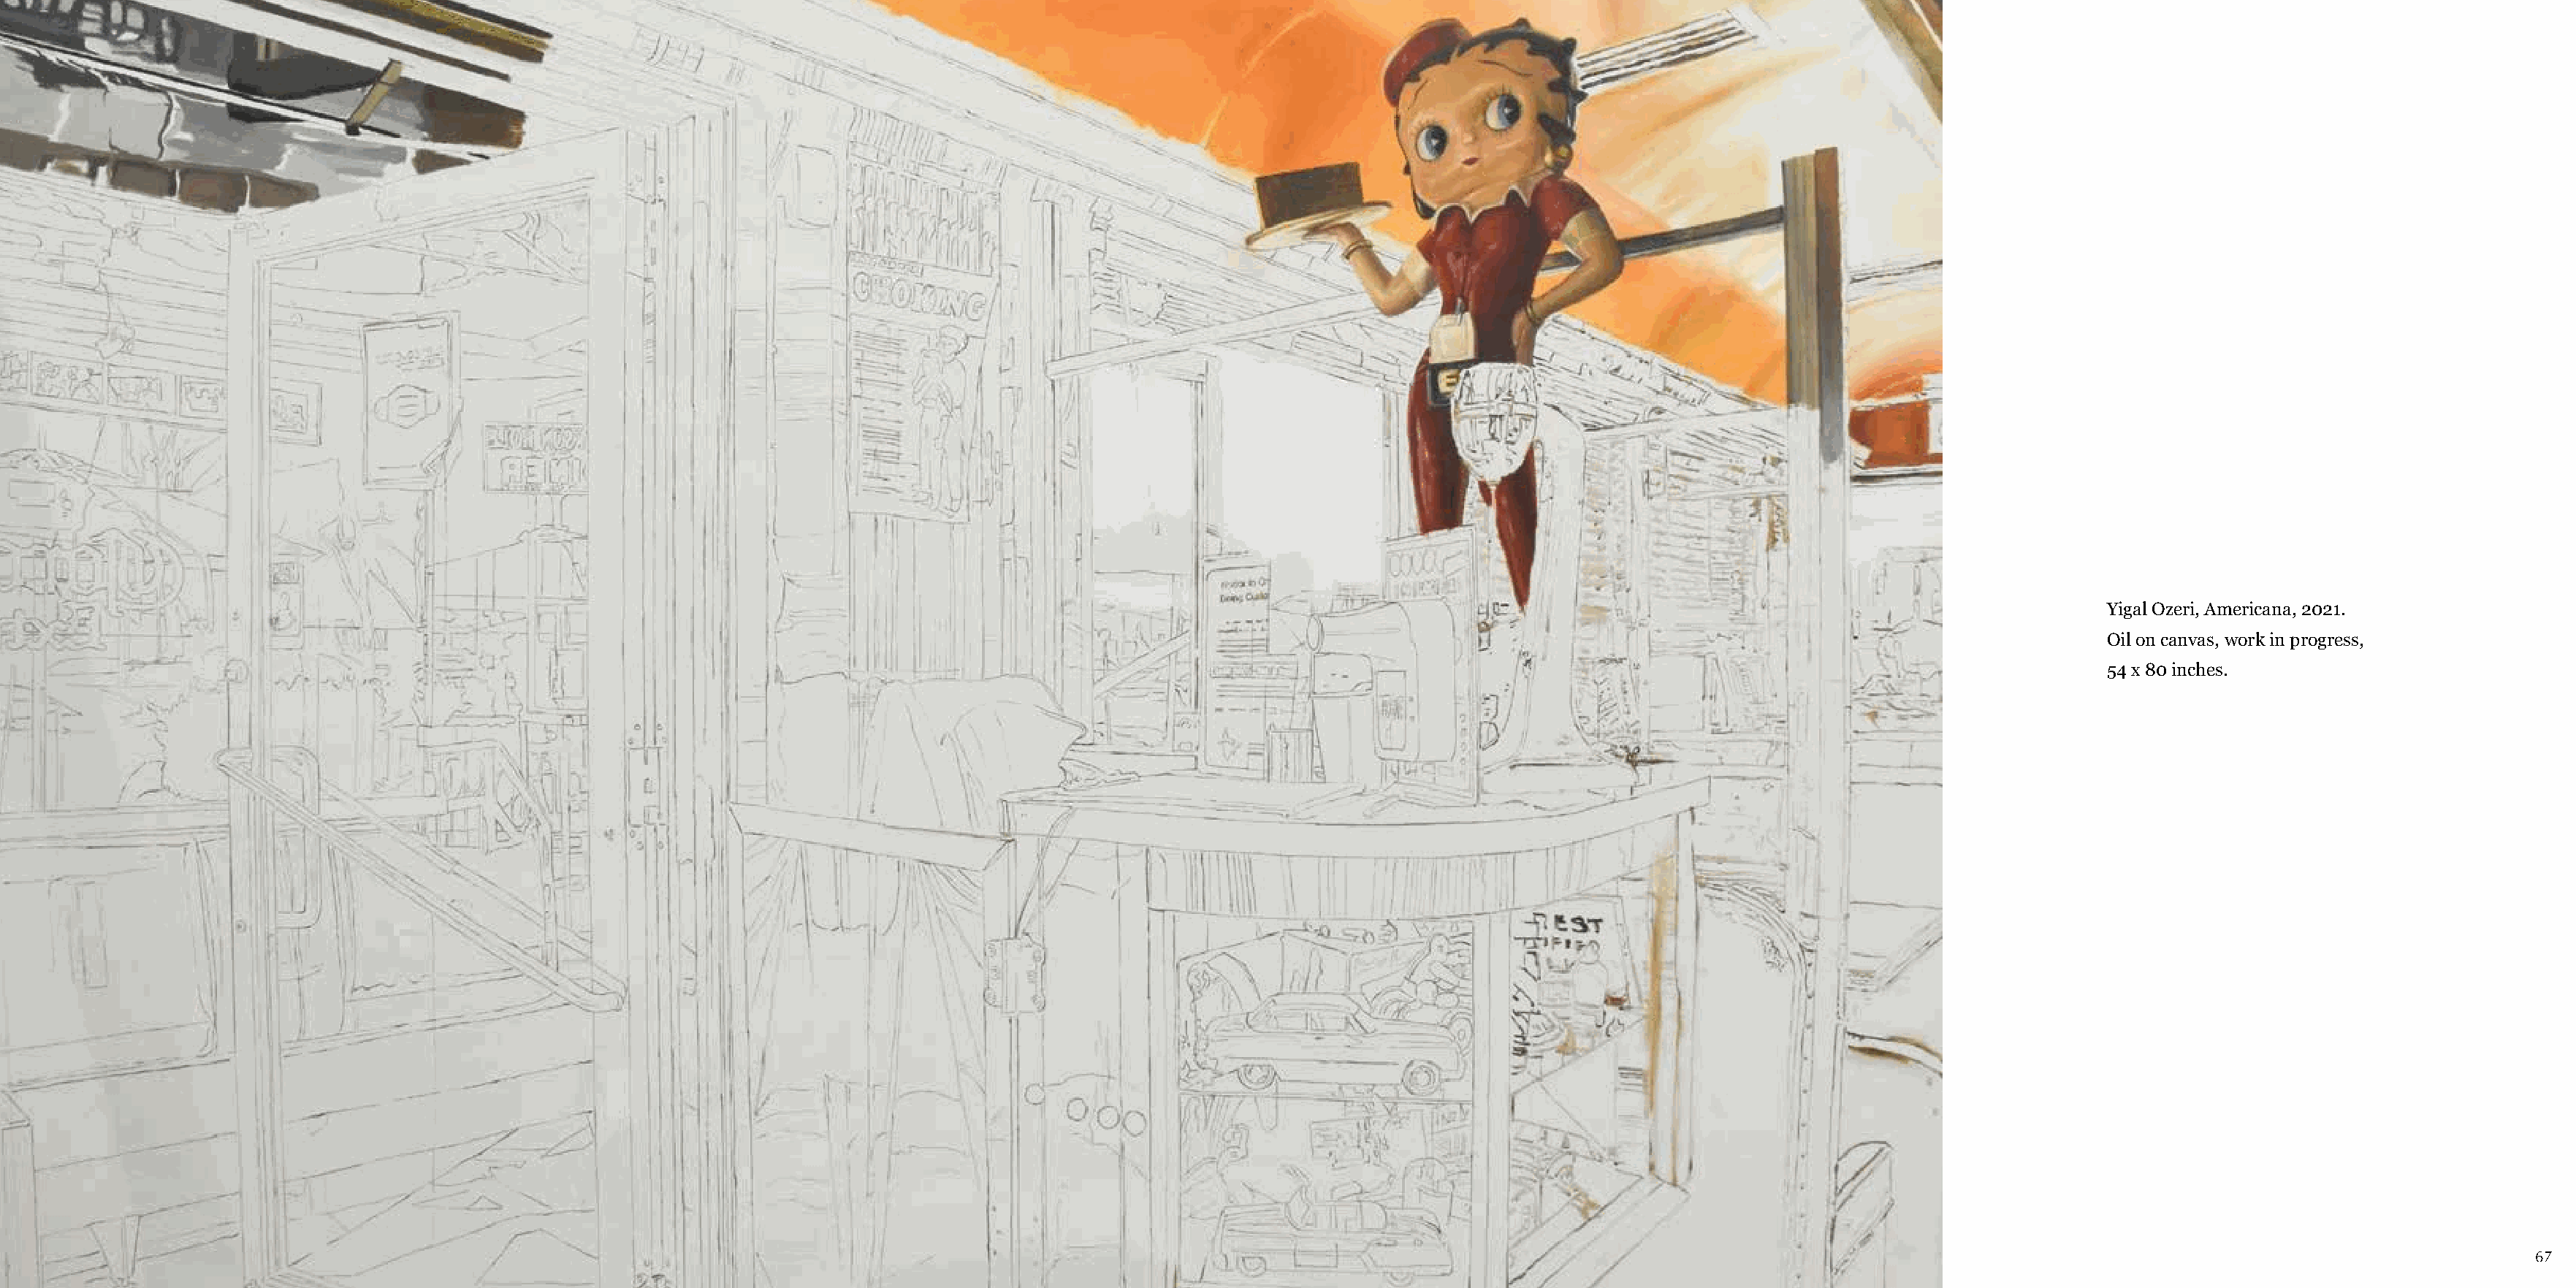
Yigal Ozeri, Americana, 2021.
 Oil on canvas, work in progress,
 54 x 80 inches.
 66                                                                                                                                                                                                                                  67